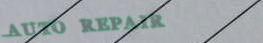
AUTO REPAIR